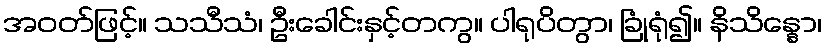
အဝတ်ဖြင့်။ သသီသံ၊ ဦးခေါင်းနှင့်တကွ။ ပါရုပိတွာ၊ ခြုံရုံ၍။ နိသိန္နော၊